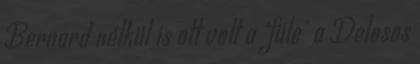
Bernard nélkül is ott volt a ‘füle’ a Delosos